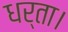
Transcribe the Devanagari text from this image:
धर्ता।